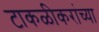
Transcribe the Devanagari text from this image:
टाकळीकरांच्या